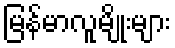
မြန်မာလူမျိုးများ